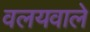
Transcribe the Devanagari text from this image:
वलयवाले